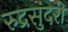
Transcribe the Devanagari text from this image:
रुद्रसुंदरी